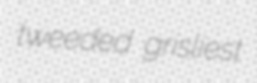
tweeded grisliest